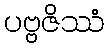
ပဗ္ဗဇိဿံ